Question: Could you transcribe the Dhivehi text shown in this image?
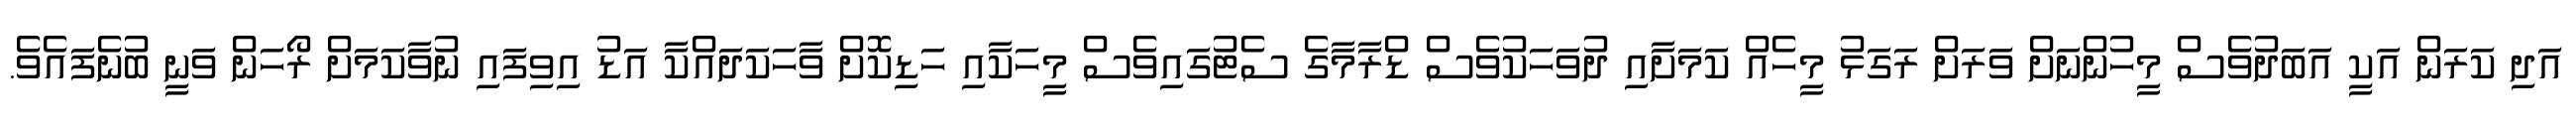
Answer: އަދި ކަރަން އަކީ އަބަދުވެސް މީހުންނަށް ވަރަށް ރަގަޅު މީހެއް ކަމަށާއި ދުވަހަކުވެސް ޑްރާމާގެ ސެޓުގައިވެސް މީހަކާއި ހަޑިކޮށް ވާހަކަދައްކާ އަޑު އިވިފައި ނުވާކަމަށް ރޯހަން ވަނީ ބުނެފައެވެ.